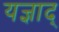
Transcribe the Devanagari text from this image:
यज्ञाद्‌